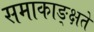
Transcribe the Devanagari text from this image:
समाकाङ्क्षते